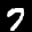
Label: 7